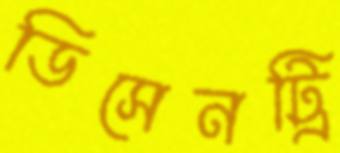
ডিসেনট্রি